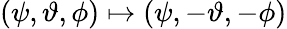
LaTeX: (\psi,\vartheta,\phi)\mapsto(\psi,-\vartheta,-\phi)